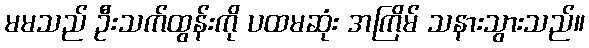
မမသည် ဦးသက်ထွန်းကို ပထမဆုံး အကြိမ် သနားသွားသည်။